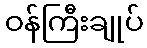
ဝန်ကြီးချုပ်